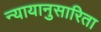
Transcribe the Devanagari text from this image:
न्यायानुसारिता